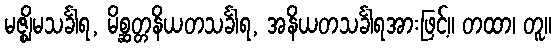
မဇ္ဈိမသင်္ခါရ, မိစ္ဆတ္တနိယတသင်္ခါရ, အနိယတသင်္ခါရအားဖြင့်။ တထာ၊ တူ။